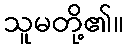
သူမတို့၏။